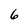
Character: 6